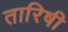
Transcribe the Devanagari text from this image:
तारिषी